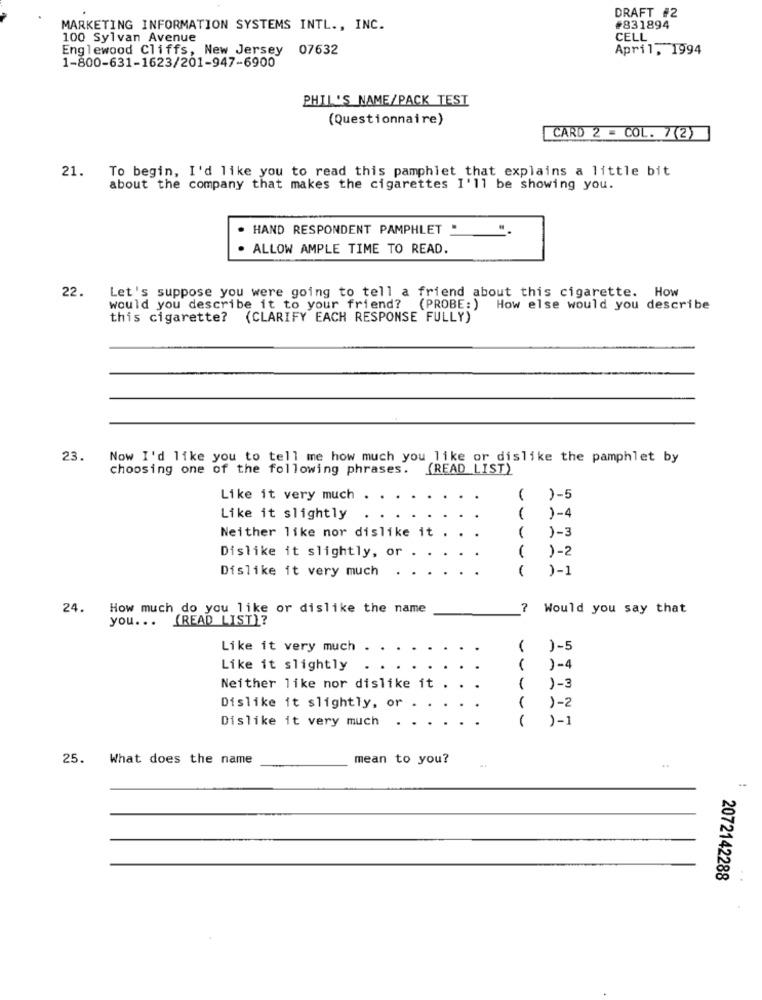
DRAFT #2
MARKETING INFORMATION SYSTEMS INTL ., INC.
#831894
100 Sylvan Avenue
CELL
Englewood Cliffs, New Jersey 07632
April, 1994
1-800-631-1623/201-947-6900
PHIL'S NAME/PACK TEST
(Questionnaire)
CARD 2 - COL. 7(2)
To begin, I'd like you to read this pamphlet that explains a little bit
21.
about the company that makes the cigarettes I'll be showing you.
. HAND RESPONDENT PAMPHLET " ".
ALLOW AMPLE TIME TO READ.
Let's suppose you were going to tell a friend about this cigarette. How
22.
would you describe it to your friend? (PROBE:) How else would you describe
this cigarette? (CLARIFY EACH RESPONSE FULLY)
23.
Now I'd like you to tell me how much you like or dislike the pamphlet by
choosing one of the following phrases. (READ LIST)
Like it very much .
( )-5
Like it slightly
)-4
)-3
Neither like nor dislike it .
Dislike it slightly, or .
( )-2
Dislike it very much
(
)-1
24.
How much do you like or dislike the name
?
Would you say that
you ... (READ LIST)?
Like it very much
)-5
Like it slightly
Neither like nor dislike it .
)-3
----
Dislike it slightly, or
)-2
Dislike it very much
)-1
25.
What does the name
mean to you?
2072142288